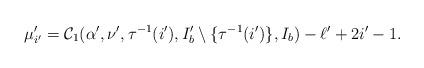
LaTeX: \begin{align*} \mu'_{i'} = \mathcal{C}_1(\alpha', \nu', \tau^{-1}(i'), I'_b \setminus \lbrace \tau^{-1}(i') \rbrace, I_b) -\ell' + 2i' - 1.\end{align*}